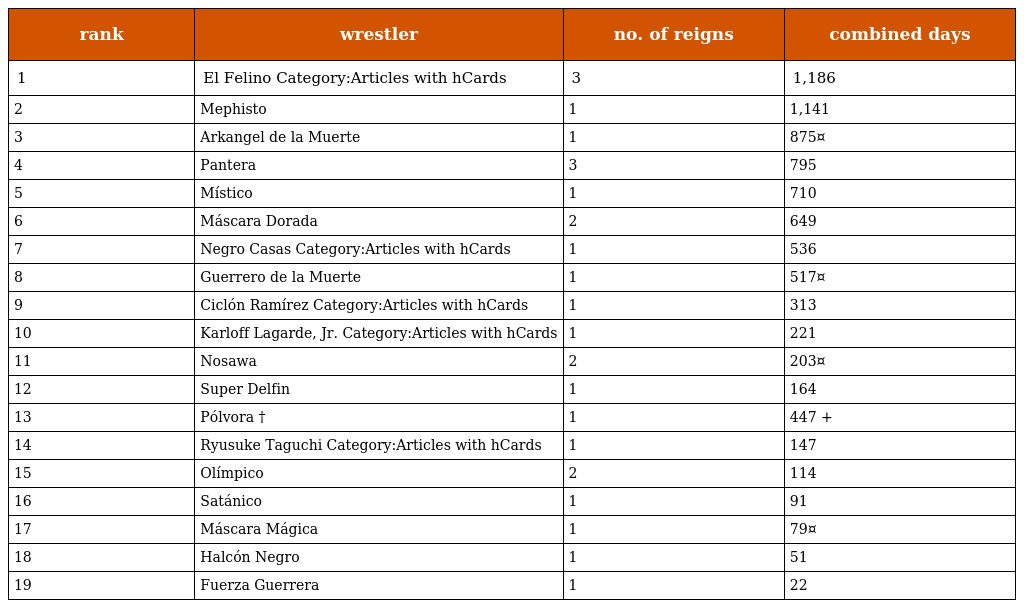
| rank | wrestler | no. of reigns | combined days |
 | --- | --- | --- | --- |
 | 1 | El Felino Category:Articles with hCards | 3 | 1,186 |
 | 2 | Mephisto | 1 | 1,141 |
 | 3 | Arkangel de la Muerte | 1 | 875¤ |
 | 4 | Pantera | 3 | 795 |
 | 5 | Místico | 1 | 710 |
 | 6 | Máscara Dorada | 2 | 649 |
 | 7 | Negro Casas Category:Articles with hCards | 1 | 536 |
 | 8 | Guerrero de la Muerte | 1 | 517¤ |
 | 9 | Ciclón Ramírez Category:Articles with hCards | 1 | 313 |
 | 10 | Karloff Lagarde, Jr. Category:Articles with hCards | 1 | 221 |
 | 11 | Nosawa | 2 | 203¤ |
 | 12 | Super Delfin | 1 | 164 |
 | 13 | Pólvora † | 1 | 447 + |
 | 14 | Ryusuke Taguchi Category:Articles with hCards | 1 | 147 |
 | 15 | Olímpico | 2 | 114 |
 | 16 | Satánico | 1 | 91 |
 | 17 | Máscara Mágica | 1 | 79¤ |
 | 18 | Halcón Negro | 1 | 51 |
 | 19 | Fuerza Guerrera | 1 | 22 |